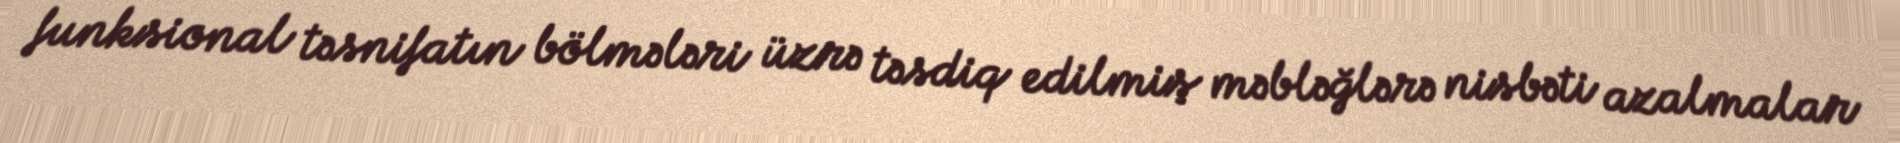
funksional təsnifatın bölmələri üzrə təsdiq edilmiş məbləğlərə nisbəti azalmalar